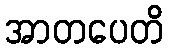
အာတပေတိ